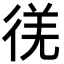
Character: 𫹕